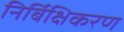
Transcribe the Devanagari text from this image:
निर्बिक्षिकरण